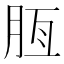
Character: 𦚹